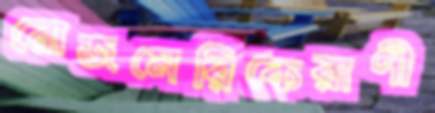
রোজমেরিকেরাণী